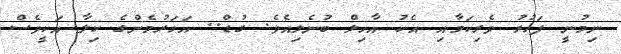
ނިމުނީ ފަހުރު ވެރިކަމާއި އެކު އާހިލް ބުނެލިއެވެ. ގުޑް.. އަހަރުމެންގެ ކިލާ އަކީވެސް